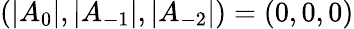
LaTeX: (|A_{0}|,|A_{-1}|,|A_{-2}|)=(0,0,0)